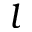
l